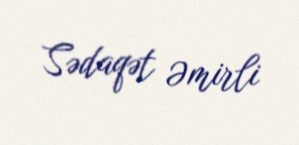
Sədaqət Əmirli